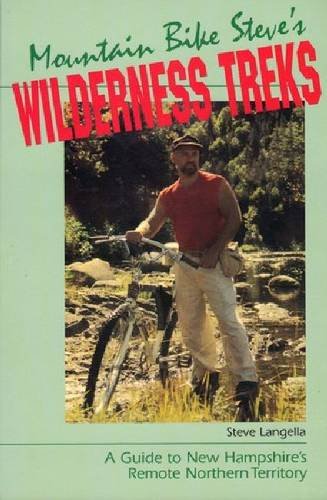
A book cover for Mountain Bike Steve's Wilderness Treks: A Guide to New Hampshire's Remote Northern Territory; Steve Langella; Travel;